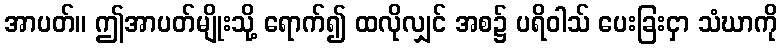
အာပတ်။ ဤအာပတ်မျိုးသို့ ရောက်၍ ထလိုလျှင် အစ၌ ပရိဝါသ် ပေးခြးငှာ သံဃာကို